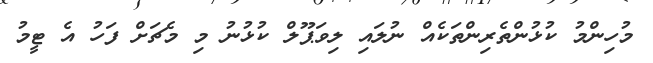
މުހިންމު ކުޅުންތެރިންތަކެއް ނުލައި ލިވަޕޫލް ކުޅުނު މި މެޗަށް ފަހު އެ ޓީމު